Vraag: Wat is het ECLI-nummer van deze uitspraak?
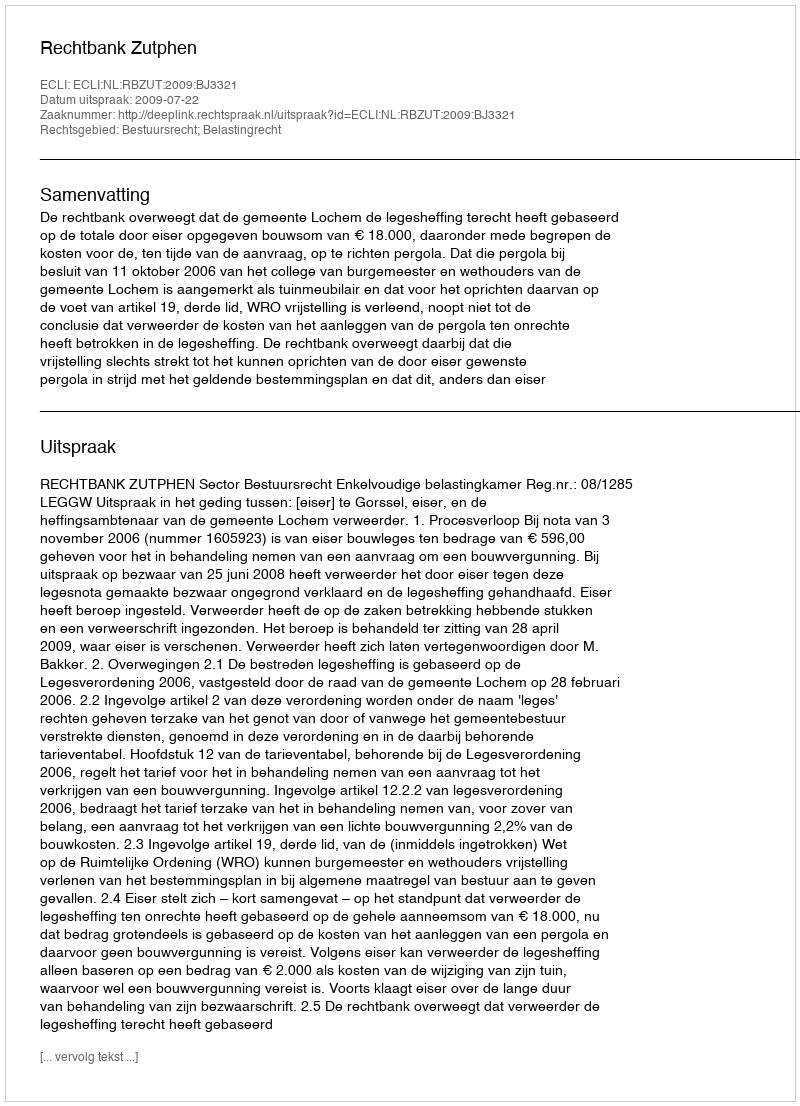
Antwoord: ECLI:NL:RBZUT:2009:BJ3321